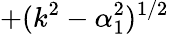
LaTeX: +(k^{2}-\alpha_{1}^{2})^{1/2}